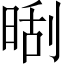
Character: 𣈛